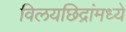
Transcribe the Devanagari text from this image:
विलयछिद्रांमध्ये